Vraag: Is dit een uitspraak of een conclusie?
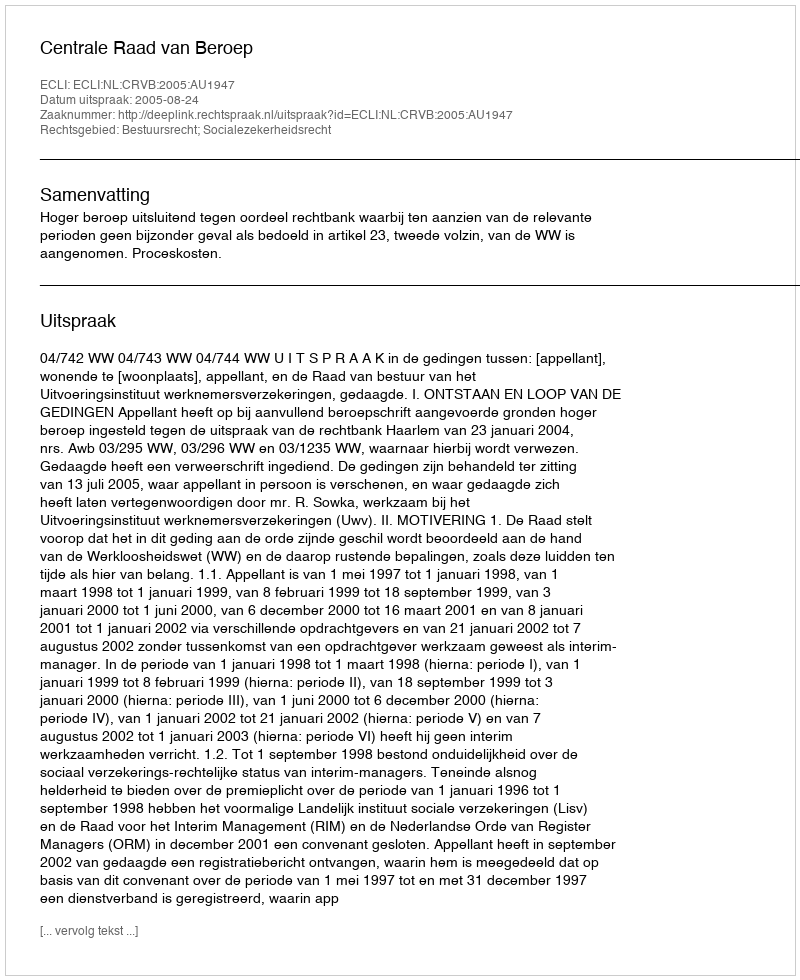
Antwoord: Uitspraak